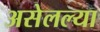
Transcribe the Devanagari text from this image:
असेलल्या